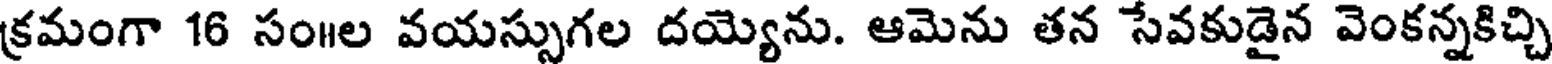
క్రమంగా 16 సం॥ల వయస్సుగల దయ్యెను. ఆమెను తన సేవకుడైన వెంకన్నకిచ్చి